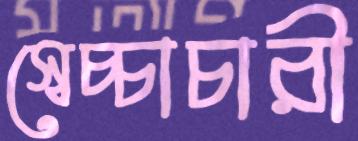
স্বেচ্চাচারী